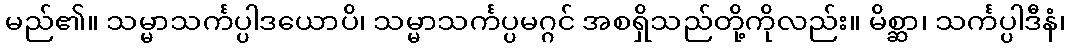
မည်၏။ သမ္မာသင်္ကပ္ပါဒယောပိ၊ သမ္မာသင်္ကပ္ပမဂ္ဂင် အစရှိသည်တို့ကိုလည်း။ မိစ္ဆာ၊ သင်္ကပ္ပါဒီနံ၊